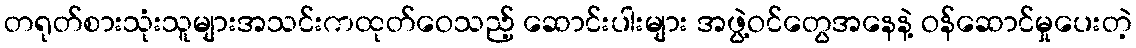
တရုတ်စားသုံးသူများအသင်းကထုတ်ဝေသည့် ဆောင်းပါးများ အဖွဲ့ဝင်တွေအနေနဲ့ ဝန်ဆောင်မှုပေးတဲ့